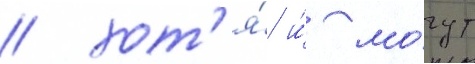
/ хот'я́ и́ мо́гут